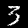
Label: 3